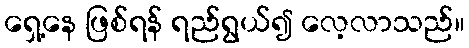
ရှေ့နေ ဖြစ်ရန် ရည်ရွယ်၍ လေ့လာသည်။